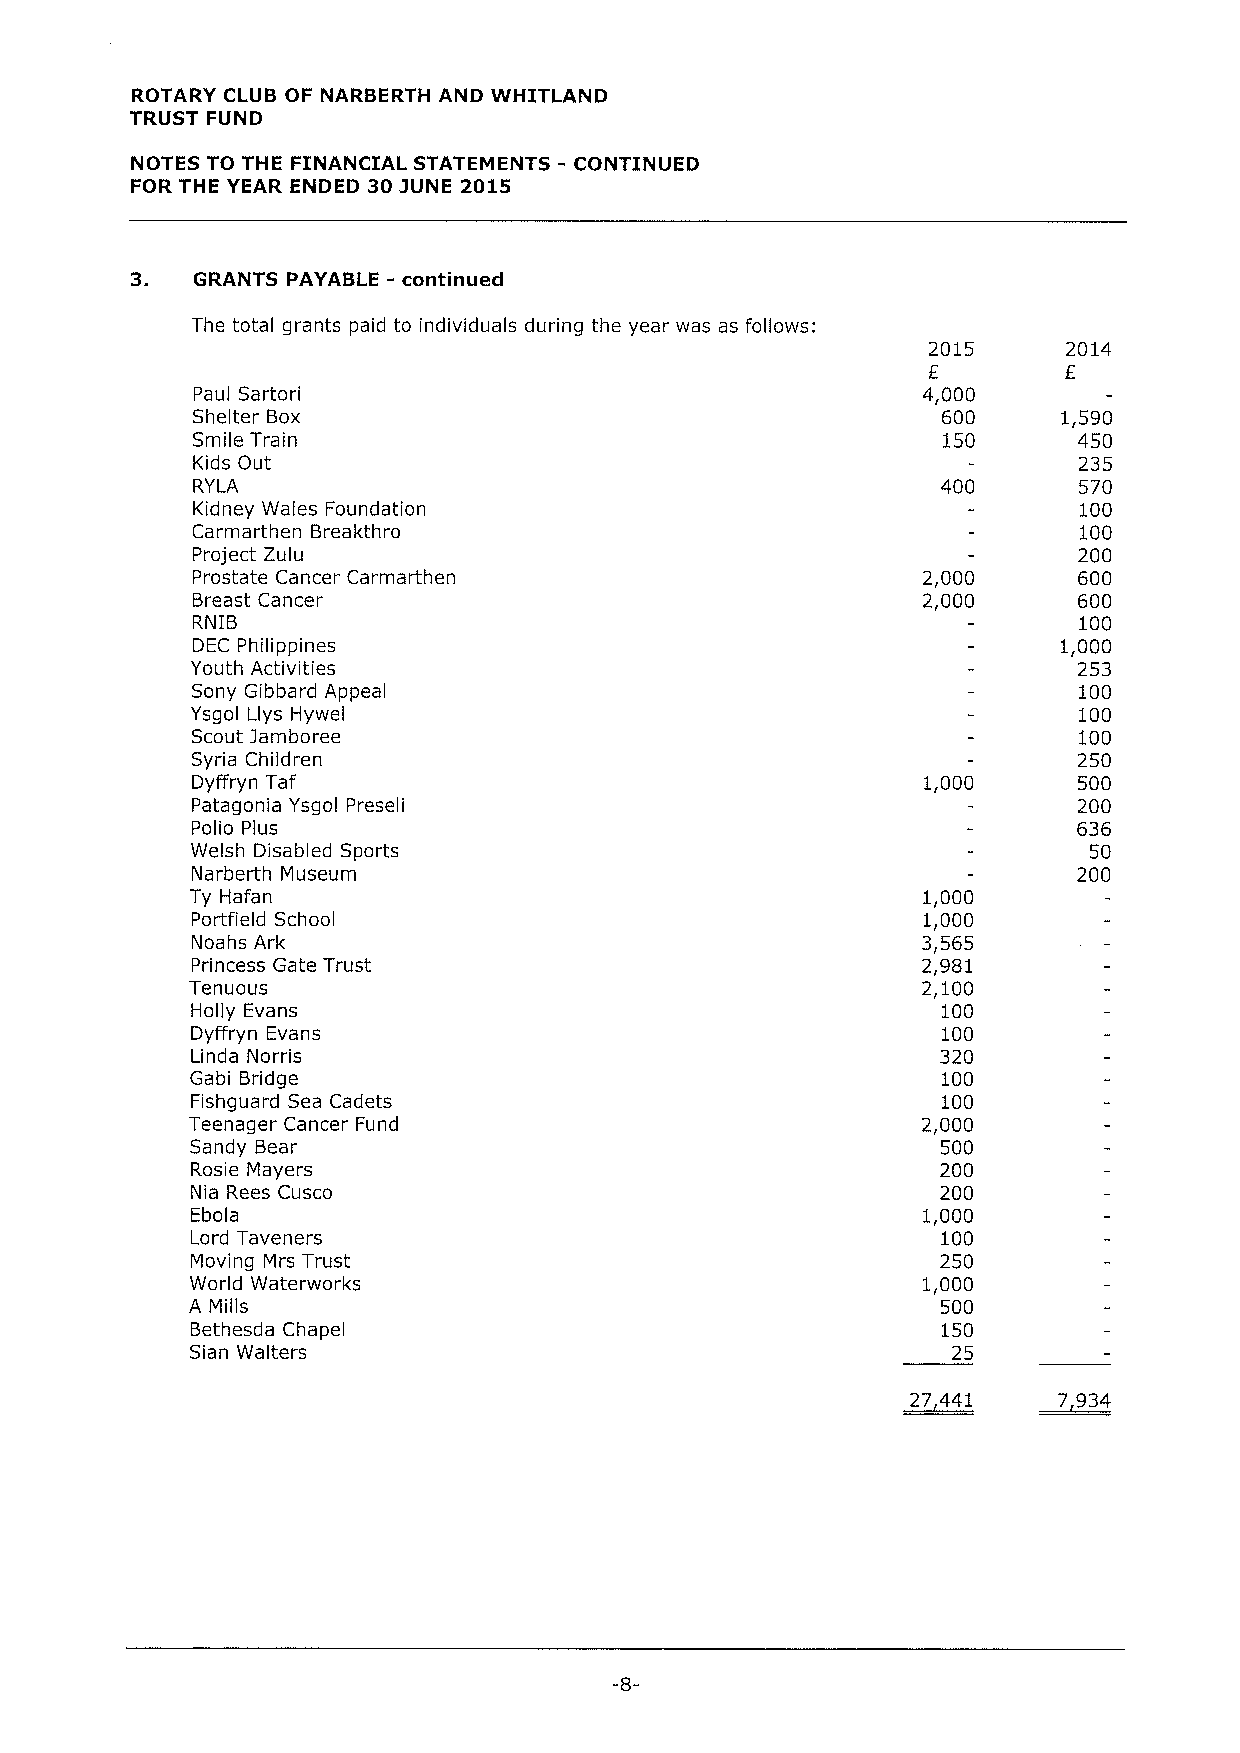
ROTARY CLUB OF NARBERTH AND WHITLAND
 TRUST FUND
 -
 NOTES TO THE FINANCIAL STATEMENTS CONTINUED
 FOR THE YEAR ENDED 303UNE 2015
 3.  GRANTS PAYABLE - continued
 The total grants paid to individuals during the year was as follows:
 2015      2014
 E         E
 Paul Sartori                                    4,000
 Shelter Box                                      600     1,590
 Smile Train                                      150      450
 Kids Out                                                  235
 RYLA                                             400      570
 Kidney Wales Foundation                                   100
 Carmarthen Breakthro                                      100
 Project Zulu                                              200
 Prostate Cancer Carmarthen                      2,000     600
 Breast Cancer                                   2,000     600
 RNIB                                                      100
 DEC Philippines                                          1,000
 Youth Activities                                          253
 Sony Gibbard Appeal                                       100
 Ysgol Llys Hywel                                          100
 Scout jamboree                                            100
 Syria Children                                            250
 Dyffry n Taf                                    1,000     500
 Patagonia Ysgol Preseli                                   200
 Polio Plus                                                636
 Welsh Disabled Sports                                      50
 Narbe*h Museum                                            200
 Ty Hafan                                        1,000
 Portfield School                                1,000
 Noahs Ark                                       3,565
 Princess Gate Trust                             2,981
 Tenuous                                         2,100
 Holly Evans                                      100
 Dyffryn Evans                                    100
 Linda Norris                                     320
 Gabi Bridge                                      100
 Fishguard Sea Cadets                             100
 Teenager Cancer Fund                            2,000
 Sandy Bear                                       500
 Rosie Mayers                                     200
 Nia Rees Cusco                                   200
 Ebola                                           1,000
 Lord Taveners                                    100
 Moving Mrs Trust                                 250
 World Waterworks                                1,000
 A Mills                                          500
 Bethesda Chapel                                  150
 Sian Walters                                      25
 27 441    7 934